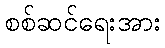
စစ်ဆင်ရေးအား